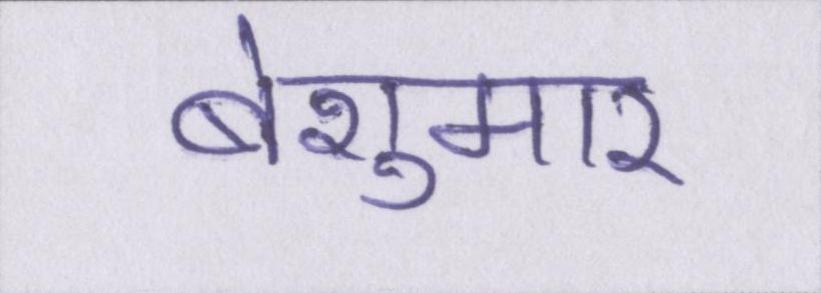
बेशुमार